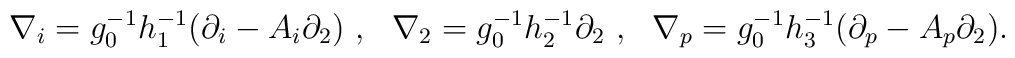
\nabla_i = g_0^{-1}h_1^{-1}(\partial_i-A_i\partial_2) ~,~~ \nabla_2 = g_0^{-1}h_2^{-1}\partial_2 ~,~~ \nabla_p = g_0^{-1}h_3^{-1}(\partial_p-A_p\partial_2) .